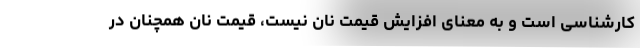
کارشناسی است و به معنای افزایش قیمت نان نیست، قیمت نان همچنان در